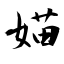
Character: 媌